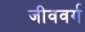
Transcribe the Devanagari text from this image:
जीववर्ग